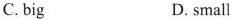
C.big D.small